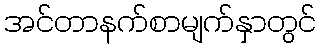
အင်တာနက်စာမျက်နှာတွင်